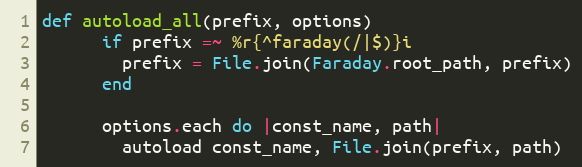
Language: Ruby
def autoload_all(prefix, options)
      if prefix =~ %r{^faraday(/|$)}i
        prefix = File.join(Faraday.root_path, prefix)
      end

      options.each do |const_name, path|
        autoload const_name, File.join(prefix, path)